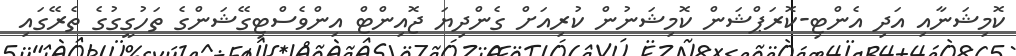
ކޮމިޝަނާއި އަދި އެންޓި-ކޮރަޕްޝަން ކޮމިޝަނުން ކުރިއަށް ގެންދިޔަ ޖޮއިންޓް އިންވެސްޓިގޭޝަންގެ ތަހުގީގުގެ ތެރޭގައި